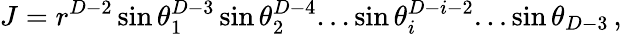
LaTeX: J=r^{D-2}\sin\theta_{1}^{D-3}\sin\theta_{2}^{D-4}...\sin\theta_{i}^{D-i-2}...\sin\theta_{D-3}\, ,